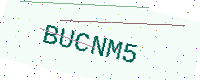
Text: BUCNM5